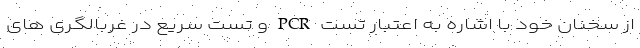
از سخنان خود با اشاره به اعتبار تست PCR و تست سریع در غربالگری های